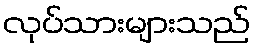
လုပ်သားများသည်